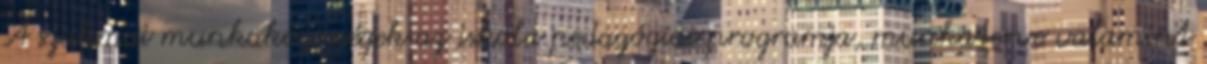
A szakmai munkaközösségek az iskola pedagógiai programja, munkaterve valamint